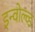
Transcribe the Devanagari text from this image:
इन्वोल्व्ड